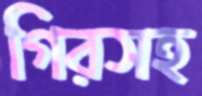
গিরসহ